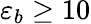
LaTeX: \varepsilon_{b}\geq 10